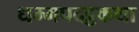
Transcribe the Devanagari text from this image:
धम्मपदट्ठकथा